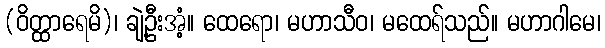
(ဝိတ္ထာရေမိ)၊ ချဲ့ဦးအံ့။ ထေရော၊ မဟာသီဝ၊ မထေရ်သည်။ မဟာဂါမေ၊